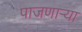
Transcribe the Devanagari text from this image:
पाजणाऱ्या